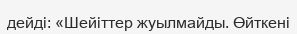
дейді: «Шейіттер жуылмайды. Өйткені